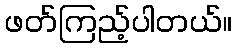
ဖတ်ကြည့်ပါတယ်။